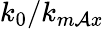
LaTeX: k_{0}/k_{m\mathcal{A}x}